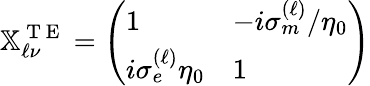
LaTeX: \mathbb{X}_{\ell\nu}^{\mathrm{~T~E~}}=\left(\begin{array}{ll}{1}&{-i\sigma_{m}^{(\ell)}/\eta_{0}}\\ {i\sigma_{e}^{(\ell)}\eta_{0}}&{1}\end{array}\right)